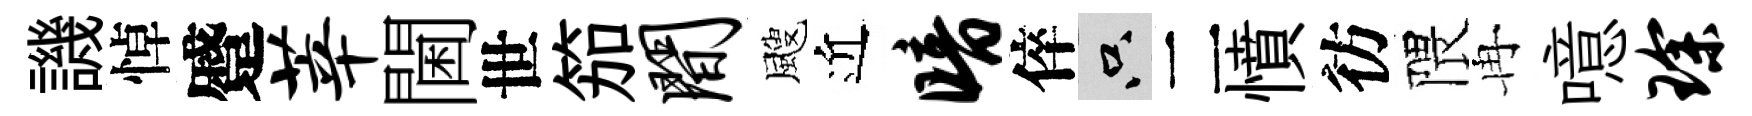
譏悼蹙莘閫世笳间颼近暗倅只二憤彷隈冉噫琛